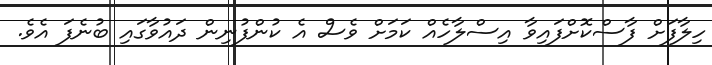
ހިލާފަށް ފާސްކޮށްފައިވާ އިސްލާހެއް ކަމަށް ވެސް އެ ކުންފުނިން ދައުވާގައި ބުނެފަ އެވެ.